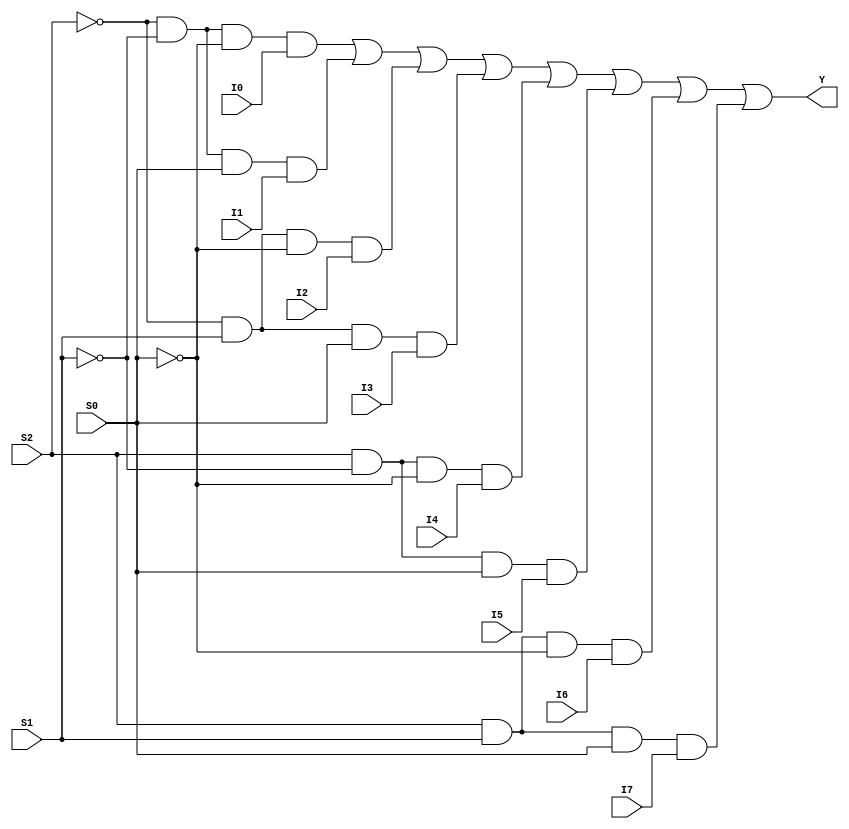
module mux8x1 (output Y, input I0, I1, I2, I3, I4, I5, I6, I7, S2, S1, S0);
    wire w0, w1, w2, w3, w4, w5, w6, w7;
    assign w0 = (~S2 & ~S1 & ~S0 & I0);
    assign w1 = (~S2 & ~S1 & S0 & I1);
    assign w2 = (~S2 & S1 & ~S0 & I2);
    assign w3 = (~S2 & S1 & S0 & I3);
    assign w4 = (S2 & ~S1 & ~S0 & I4);
    assign w5 = (S2 & ~S1 & S0 & I5);
    assign w6 = (S2 & S1 & ~S0 & I6);
    assign w7 = (S2 & S1 & S0 & I7);

    assign Y = (w0 | w1 | w2 | w3 | w4 | w5 | w6 | w7);
endmodule